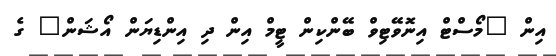
އިން "މޯސްޓް އިނޮވޭޓިވް ބޭންކިން ޓީމް އިން ދި އިންޑިޔަން އޯޝަން" ގެ